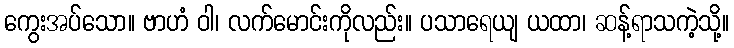
ကွေးအပ်သော။ ဗာဟံ ဝါ၊ လက်မောင်းကိုလည်း။ ပသာရေယျ ယထာ၊ ဆန့်ရာသကဲ့သို့။